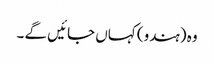
وہ (ہندو) کہاں جائیں گے ۔